Rules and regulations of the two years' vernacular class
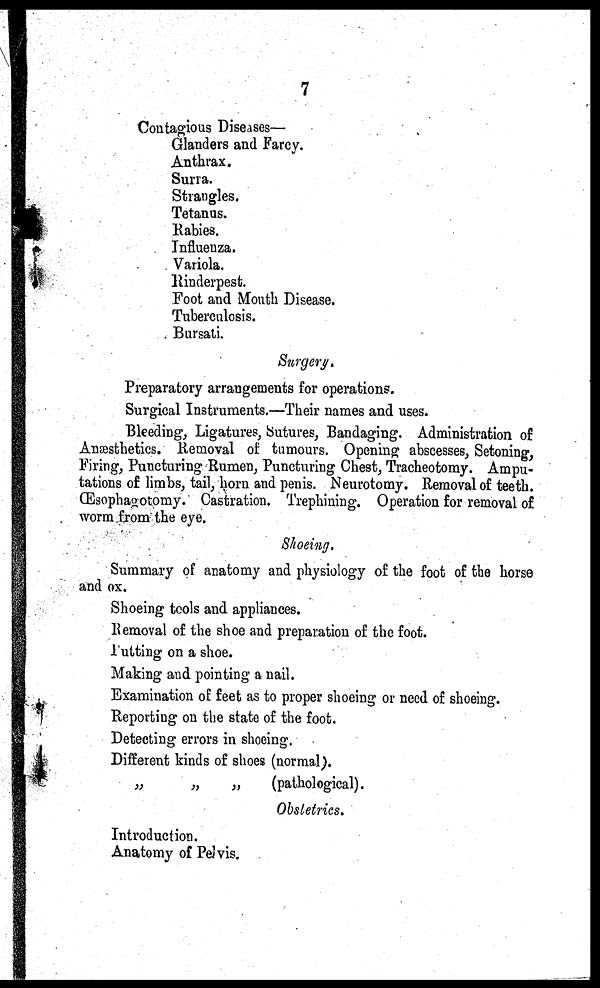
7
Contagious Diseases—
Glanders and Farcy.
Anthrax.
Surra.
Strangles.
Tetanus.
Rabies.
Influenza.
Variola.
Rinderpest.
Foot and Mouth Disease.
Tuberculosis.
Bursati.
Surgery.
Preparatory arrangements for operations.
Surgical Instruments.—Their names and uses.
Bleeding, Ligatures, Sutures, Bandaging. Administration of
Anæsthetics. Removal of tumours. Opening abscesses, Setoning,
Firing, Puncturing Rumen, Puncturing Chest, Tracheotomy. Ampu-
tations of limbs, tail, horn and penis. Neurotomy. Removal of teeth.
Œsophagotomy. Castration. Trephining. Operation for removal of
worm from the eye.
Shoeing.
Summary of anatomy and physiology of the foot of the horse
and ox.
Shoeing tools and appliances.
Removal of the shoe and preparation of the foot.
Putting on a shoe.
Making and pointing a nail.
Examination of feet as to proper shoeing or need of shoeing.
Reporting on the state of the foot.
Detecting errors in shoeing.
Different kinds of shoes (normal).
„
„
„
(pathological).
Obstetrics.
Introduction.
Anatomy of Pelvis.